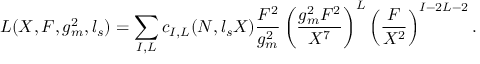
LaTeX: L ( X , F , g _ { m } ^ { 2 } , l _ { s } ) = \sum _ { I , L } c _ { I , L } ( N , l _ { s } X ) { \frac { F ^ { 2 } } { g _ { m } ^ { 2 } } } \left( { \frac { g _ { m } ^ { 2 } F ^ { 2 } } { X ^ { 7 } } } \right) ^ { L } \left( { \frac { F } { X ^ { 2 } } } \right) ^ { I - 2 L - 2 } .